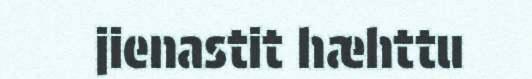
jienastit hæhttu